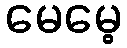
မေမေ့